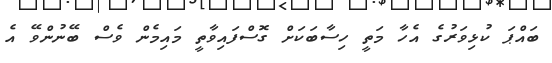
ބައްޕަ ކުޅިވަރުގެ އެހާ މަތީ ހިސާބަކަށް ގޮސްފައިވާތީ މައިމެން ވެސް ބޭނުންވޭ އެ